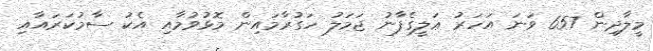
މީލާދިން 657 ވަނަ އަހަރު ޢަލީގެފާނު ޖަމަލު ހަގުރާމައިން މޮޅުވުމާއި އެކު ސާމުކަރައާއި